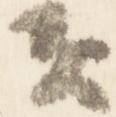
者